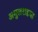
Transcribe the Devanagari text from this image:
अमुलराडचा